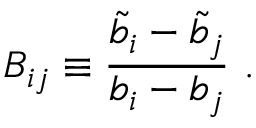
B _ { i j } \equiv { \frac { \tilde { b } _ { i } - \tilde { b } _ { j } } { b _ { i } - b _ { j } } } \, \, .